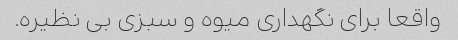
واقعا برای نگهداری میوه و سبزی بی نظیره.